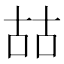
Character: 𠳬